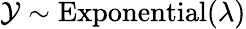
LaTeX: \mathcal{Y}\sim{\textrm{{Exponential}}}(\lambda)